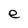
Character: e